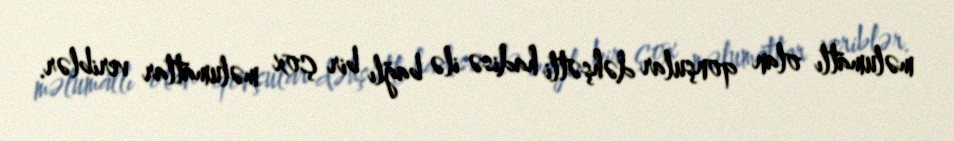
məlumatlı olan qonşular dəhşətli hadisə ilə bağlı bir çox məlumatlar veriblər.